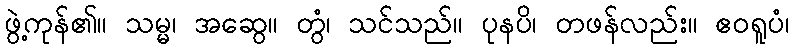
ဖွဲ့ကုန်၏။ သမ္မ၊ အဆွေ။ တွံ၊ သင်သည်။ ပုနပိ၊ တဖန်လည်း။ ဧဝရူပံ၊